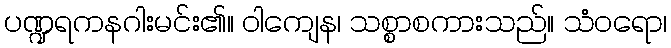
ပဏ္ဍရကနဂါးမင်း၏။ ဝါကျေန၊ သစ္စာစကားသည်။ သံဝရော၊